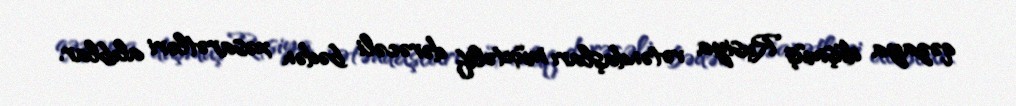
qəzaya düşmüş Rusiya vətəndaşları müxtəlif dərəcəli bədən xəsarətləri alıblar.